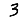
Digit: 3